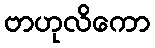
ဗာဟုလိကော